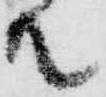
殿